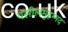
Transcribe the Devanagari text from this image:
वसीलमुहम्मद